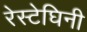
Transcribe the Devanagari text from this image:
रेस्टेघिनी